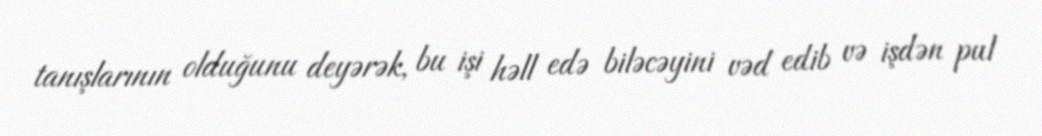
tanışlarının olduğunu deyərək, bu işi həll edə biləcəyini vəd edib və işdən pul